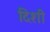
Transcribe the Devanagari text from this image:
दिशी